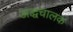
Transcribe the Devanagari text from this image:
अद्धचालक